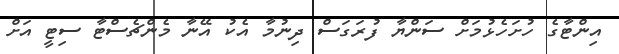
އިންޓާގެ ހުށަހެޅުމަށް ސަންޔާ ފުރަގަސް ދިނުމާ އެކު އޭނާ މެންޗެސްޓާ ސިޓީ އަށް